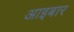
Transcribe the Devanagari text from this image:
आइबार